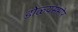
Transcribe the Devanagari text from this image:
डोळ्यसमोर